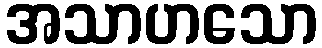
အသာဟသော